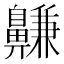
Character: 𪖳